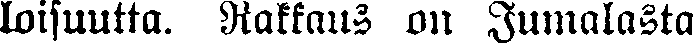
loisuutta. Rakkaus on Jumalasta